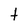
Character: t